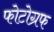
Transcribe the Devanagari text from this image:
फोटोग्रफ